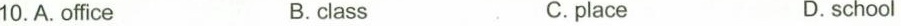
10.A.Office B.class C.place D.school